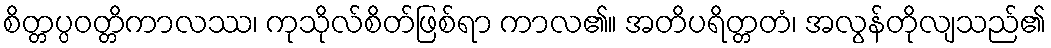
စိတ္တပ္ပဝတ္တိကာလဿ၊ ကုသိုလ်စိတ်ဖြစ်ရာ ကာလ၏။ အတိပရိတ္တတံ၊ အလွန်တိုလျသည်၏